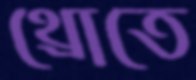
থ্রোতে